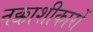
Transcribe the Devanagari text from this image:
नक्काशीकारों